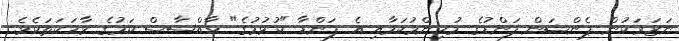
ނަޒަރަކުން ޕެންޝަން ފަންޑުގެ މުހިންމުކަމާއި އެ ފަންޑާ "ކުޅުމުގެ" ހާއްސާސް ކަމުގެ ވާހަކަތަކެވެ.